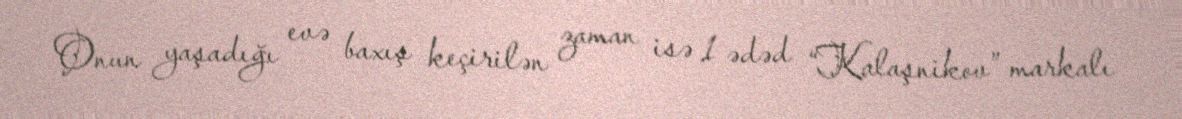
Onun yaşadığı evə baxış keçirilən zaman isə 1 ədəd “Kalaşnikov” markalı